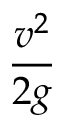
\frac { v ^ { 2 } } { 2 g }